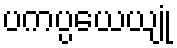
ပကပ္ပယေယျုံ